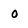
Character: 0